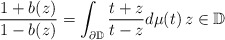
\begin{align*}\frac{1+b(z)}{1-b(z)}=\int_{\partial \mathbb{D}}\frac{t+z}{t-z}d\mu(t)\, z \in \mathbb{D} \end{align*}